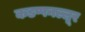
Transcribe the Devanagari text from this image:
कडप्पनल्लूर